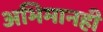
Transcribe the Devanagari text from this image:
अभिमानही